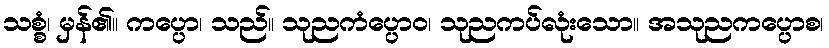
သစ္စံ၊ မှန်၏။ ကပ္ပော၊ သည်။ သုညကံပ္ပောဝ၊ သုညကပ်လုံးသော။ အသုညကပ္ပောစ၊